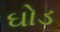
ઘોડ